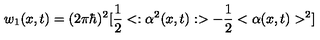
w _ { 1 } ( x , t ) = ( 2 \pi \hbar ) ^ { 2 } [ { \frac { 1 } { 2 } } < : \alpha ^ { 2 } ( x , t ) : > - { \frac { 1 } { 2 } } < \alpha ( x , t ) > ^ { 2 } ]